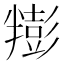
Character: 𰅿